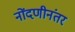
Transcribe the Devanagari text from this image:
नोंदणीनंतर